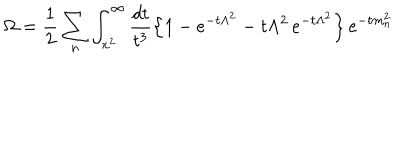
\Omega = \frac { 1 } { 2 } \sum _ { n } \int _ { x ^ { 2 } } ^ { \infty } \frac { d t } { t ^ { 3 } } \left\{ 1 - e ^ { - t \Lambda ^ { 2 } } - t \Lambda ^ { 2 } \, e ^ { - t \Lambda ^ { 2 } } \right\} e ^ { - t m _ { n } ^ { 2 } }